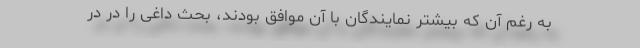
به رغم آن که بیشتر نمایندگان با آن موافق بودند، بحث داغی را در در